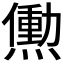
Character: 𬋒